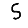
Digit: 5